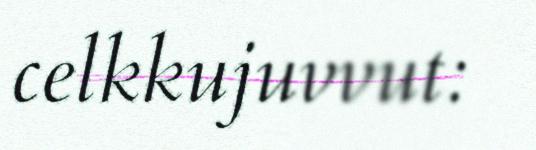
celkkujuvvut: